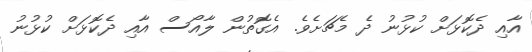
އާއި ދެކޮޅަށް ކުޅުނު ދެ މެޗަށެވެ. އެގޮތުން ލާއޯސް އާއި ދެކޮޅަށް ކުޅުނު